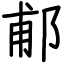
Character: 郙